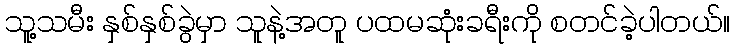
သူ့သမီး နှစ်နှစ်ခွဲမှာ သူနဲ့အတူ ပထမဆုံးခရီးကို စတင်ခဲ့ပါတယ်။